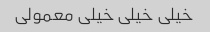
خیلی خیلی خیلی معمولی